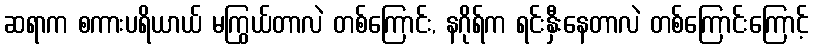
ဆရာက စကားပရိယာယ် မကြွယ်တာလဲ တစ်ကြောင်း, နဂိုရ်က ရင်းနှီးနေတာလဲ တစ်ကြောင်းကြောင့်